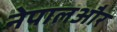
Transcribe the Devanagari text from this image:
नेपालऔर